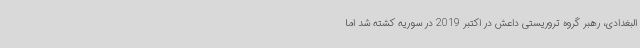
البغدادی، رهبر گروه تروریستی داعش در اکتبر 2019 در سوریه کشته شد اما